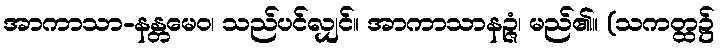
အာကာသာ-နန္တမေဝ၊ သည်ပင်လျှင်။ အာကာသာနဉ္ဇံ၊ မည်၏။ (သကတ္ထ၌